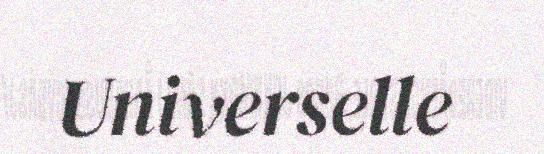
Universelle